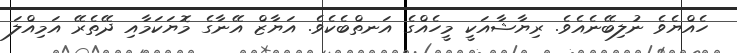
ހެއްޔެވެ ނުލިބޭނެއެވެ. ރިޔާޝާއަކީ މީހެއްގެ އަނތްބެކެވެ. އަޔާޒް އޭނާގެ މޮޔަކަމާއި ދޭތެރޭ އަމިއްލަ